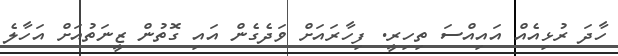
ހާދަ ރުޅިއެއް އައިއްސަ ތިހިރީ. ފިހާރައަށް ވަދެގެން އައި ގޮތުން ޒީނަތުއަށް އަހާލެ